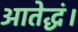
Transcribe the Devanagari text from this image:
आतेद्धं।